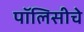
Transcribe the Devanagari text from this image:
पॉलिसीचे